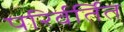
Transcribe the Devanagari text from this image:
परिर्वर्तित